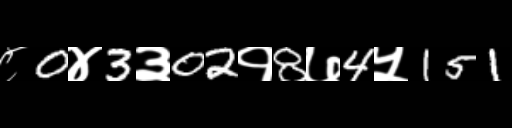
Text: ८0४3३02१8७4५151